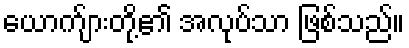
ယောက်ျားတို့၏ အလုပ်သာ ဖြစ်သည်။